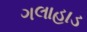
ગલાહાડ